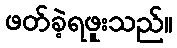
ဖတ်ခဲ့ရဖူးသည်။